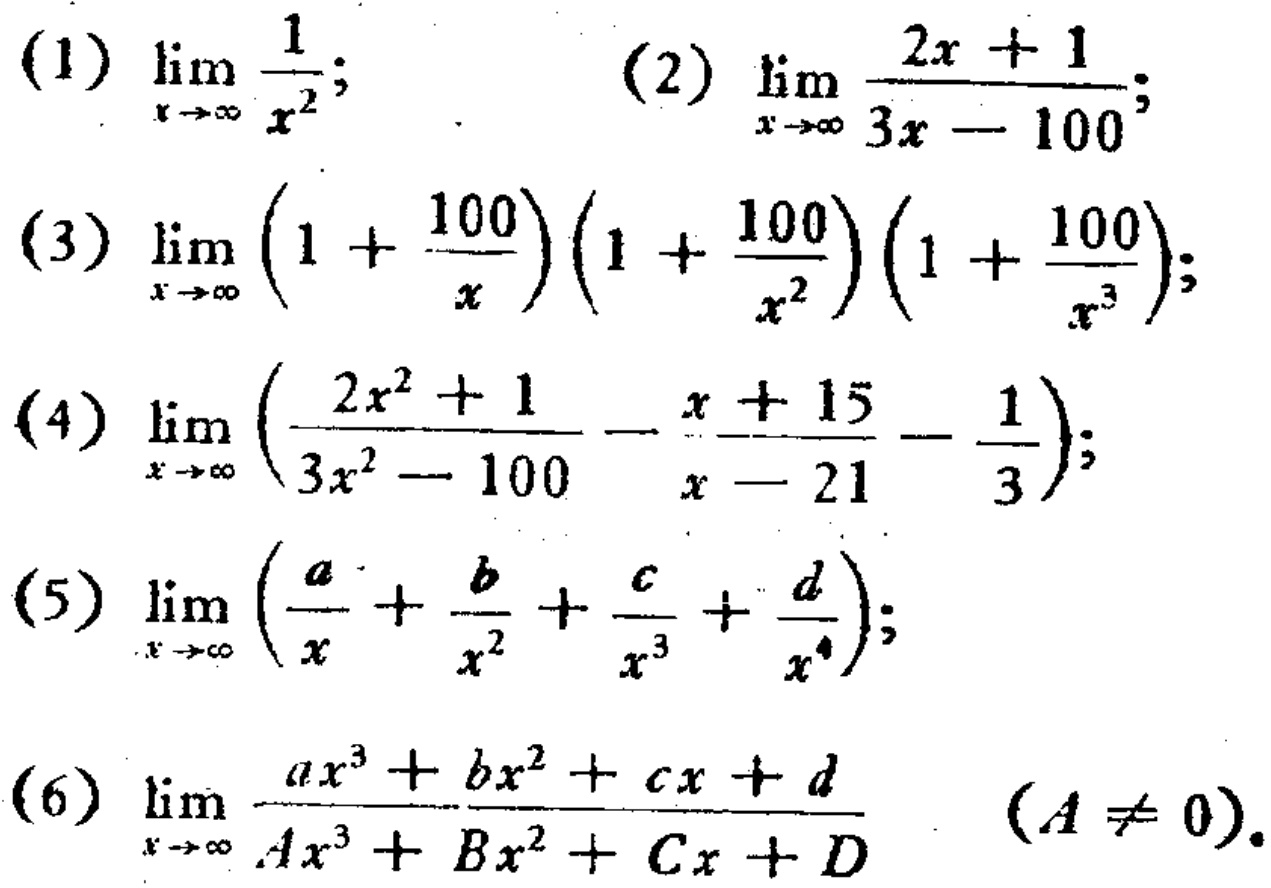
(1) \(\lim_{x \to \infty} \frac{1}{x^{2}}\);

(2) \(\lim_{x \to \infty} \frac{2x + 1}{3x - 100}\);

(3) \(\lim_{x \to \infty} \left(1 + \frac{100}{x}\right)\left(1 + \frac{100}{x^{2}}\right)\left(1 + \frac{100}{x^{3}}\right)\);

(4) \(\lim_{x \to \infty} \left(\frac{2x^{2}+1}{3x^{2}-100}-\frac{x + 15}{x - 21}-\frac{1}{3}\right)\);

(5) \(\lim_{x \to \infty} \left(\frac{a}{x}+\frac{b}{x^{2}}+\frac{c}{x^{3}}+\frac{d}{x^{4}}\right)\);

(6) \(\lim_{x \to \infty} \frac{ax^{3}+bx^{2}+cx + d}{Ax^{3}+Bx^{2}+Cx + D}\) \((A\neq 0)\).